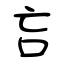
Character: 吂